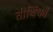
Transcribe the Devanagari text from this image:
तीर्थिकों